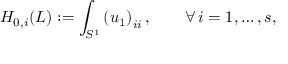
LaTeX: H _ { 0 , i } ( L ) : = \int _ { S ^ { 1 } } \left( u _ { 1 } \right) _ { i i } , \qquad \forall \, i = 1 , \ldots , s ,